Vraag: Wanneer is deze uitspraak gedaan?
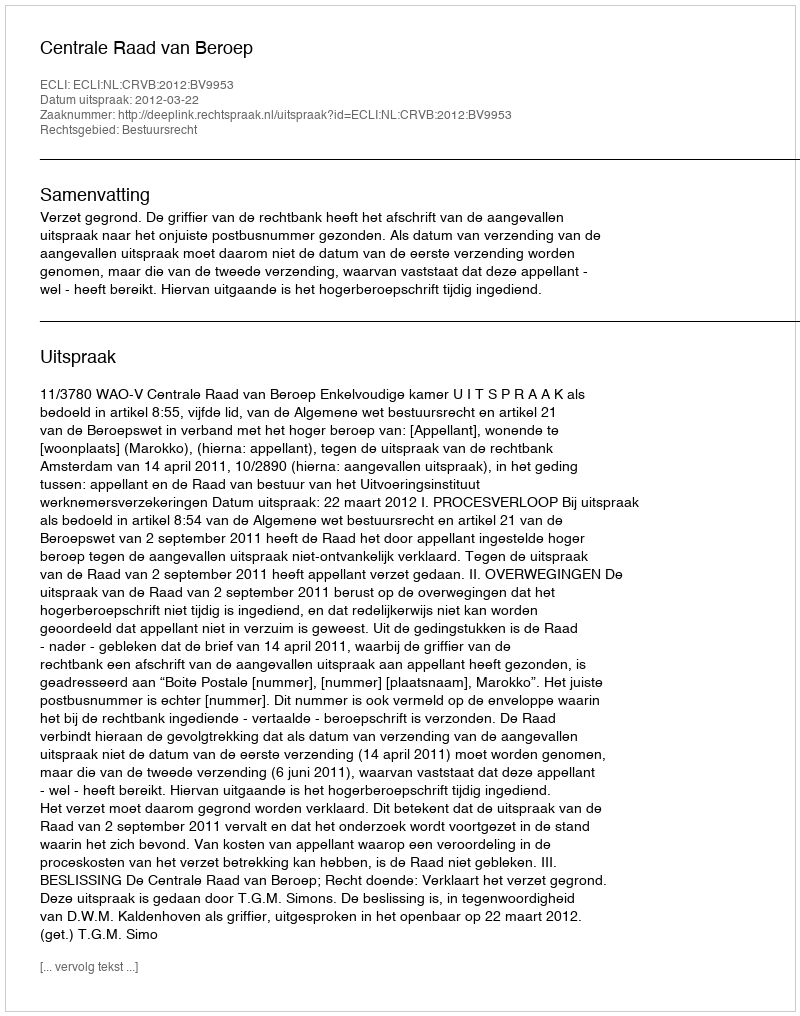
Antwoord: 2012-03-22